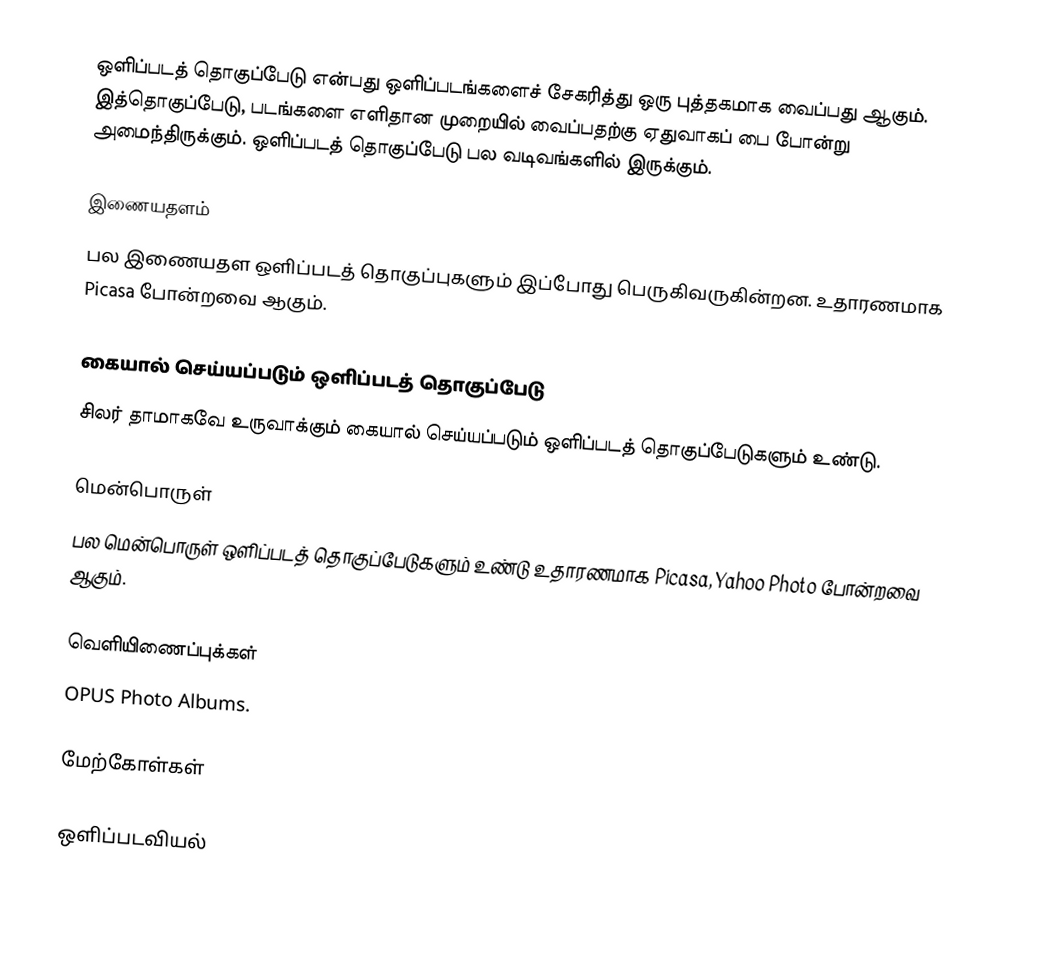
ஒளிப்படத் தொகுப்பேடு என்பது ஒளிப்படங்களைச் சேகரித்து ஒரு புத்தகமாக வைப்பது ஆகும். இத்தொகுப்பேடு, படங்களை எளிதான முறையில் வைப்பதற்கு ஏதுவாகப் பை போன்று அமைந்திருக்கும். ஒளிப்படத் தொகுப்பேடு பல வடிவங்களில் இருக்கும்.

இணையதளம்
பல இணையதள ஒளிப்படத் தொகுப்புகளும் இப்போது பெருகிவருகின்றன. உதாரணமாக Picasa போன்றவை ஆகும்.

கையால் செய்யப்படும் ஒளிப்படத் தொகுப்பேடு
சிலர் தாமாகவே உருவாக்கும் கையால் செய்யப்படும் ஒளிப்படத் தொகுப்பேடுகளும் உண்டு.

மென்பொருள்
பல மென்பொருள் ஒளிப்படத் தொகுப்பேடுகளும் உண்டு உதாரணமாக Picasa, Yahoo Photo போன்றவை ஆகும்.

வெளியிணைப்புக்கள்
OPUS Photo Albums.

மேற்கோள்கள்

ஒளிப்படவியல்